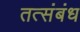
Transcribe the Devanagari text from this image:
तत्संबंध